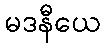
မဒနီယေ